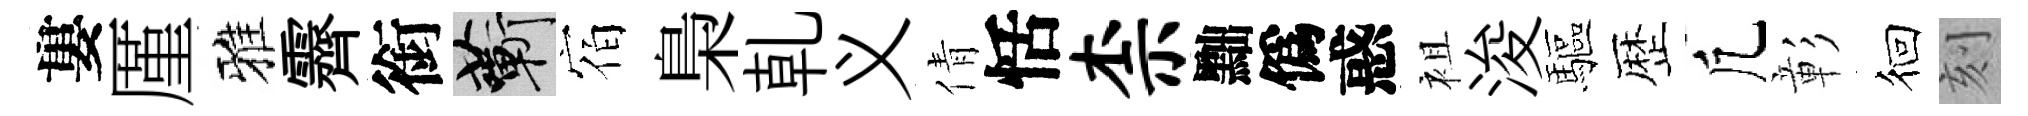
婁厪雅霽銜蔪宿梟乹义倩恬柰黜僞惑袓浚驅歴凢彰徊刻